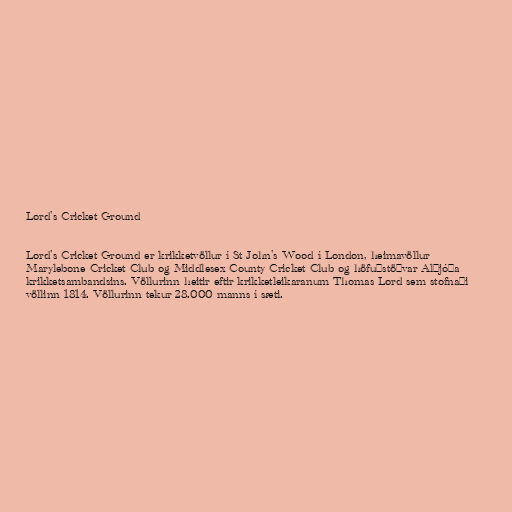
Lord's Cricket Ground

Lord's Cricket Ground er krikketvöllur í St John's Wood í London, heimavöllur
Marylebone Cricket Club og Middlesex County Cricket Club og höfuðstöðvar Alþjóða
krikketsambandsins. Völlurinn heitir eftir krikketleikaranum Thomas Lord sem stofnaði
völlinn 1814. Völlurinn tekur 28.000 manns í sæti.